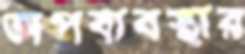
অপব্যবস্থার